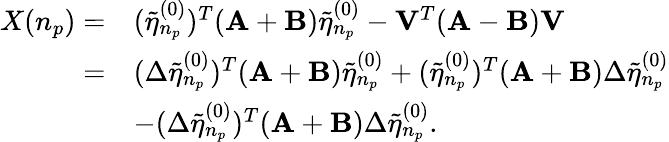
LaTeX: \begin{array}{rl}{X(n_{p})=}&{(\tilde{\eta}_{n_{p}}^{(0)})^{T}(\mathbf{A}+\mathbf{B})\tilde{\eta}_{n_{p}}^{(0)}-\mathbf{V}^{T}(\mathbf{A}-\mathbf{B})\mathbf{V}}\\ {=}&{(\Delta\tilde{\eta}_{n_{p}}^{(0)})^{T}(\mathbf{A}+\mathbf{B})\tilde{\eta}_{n_{p}}^{(0)}+(\tilde{\eta}_{n_{p}}^{(0)})^{T}(\mathbf{A}+\mathbf{B})\Delta\tilde{\eta}_{n_{p}}^{(0)}}\\ &{-(\Delta\tilde{\eta}_{n_{p}}^{(0)})^{T}(\mathbf{A}+\mathbf{B})\Delta\tilde{\eta}_{n_{p}}^{(0)}.}\end{array}